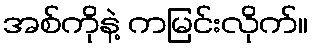
အစ်ကိုနဲ့ ကမြင်းလိုက်။